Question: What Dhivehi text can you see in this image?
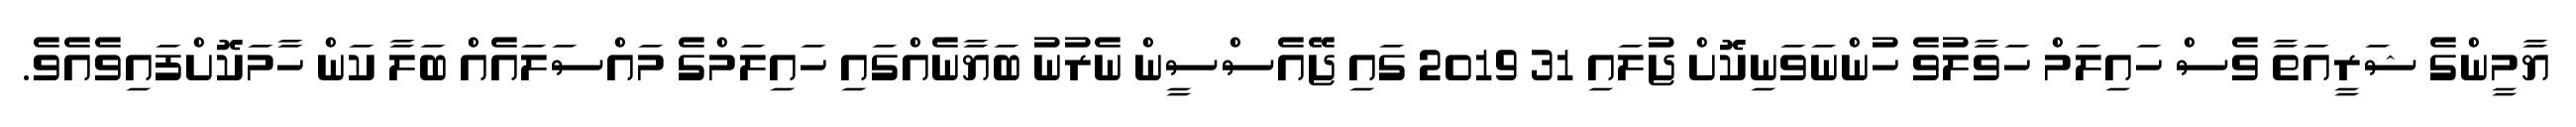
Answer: ޔާމީންގެ ޝަރީއަތާ ވެސް ހައިލަމް ހަވާލުވެ ހުންނަވަނިކޮށް ޖުލައި 31 2019 ގައި ޖޭއެސްސީން ނެރުނު ބަޔާނެއްގައި ހައިލަމްގެ މައްސަލައެއް ބަލާ ކަން ހާމަކޮށްފައިވެއެވެ.